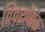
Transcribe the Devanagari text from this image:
विवरणिक